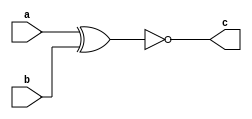
                 /* XNOR */ 

module XNOR_GLM(a,b,c);   // Gate Level Modeling
input a,b;               
output c;                   
xnor(c,a,b);                    
endmodule                     

module XNOR(output c,input a,b);             
xnor(c,a,b); 
//assign c=a ~^ b;                   
endmodule                     

module XNOR_DFM1(a,b,c);  // Data Level Modeling Method 1
input a,b;
output c;
assign c=a ~^ b;
endmodule 

module XNOR_DFM2;         // Data Level Modeling Method 2
wire a,b,c;
assign c=a ~^ b;
endmodule